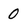
Character: 0